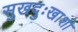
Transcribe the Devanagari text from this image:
सुखदुःखाशी